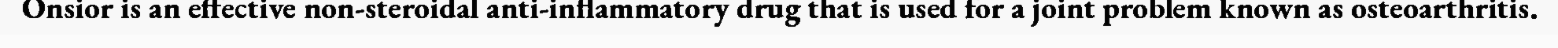
Onsior is an effective non-steroidal anti-inflammatory drug that is used for a joint problem known as osteoarthritis.